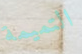
التميمة